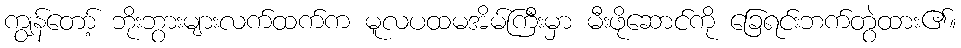
ကျွန်တော့် ဘိုးဘွားများလက်ထက်က မူလပထမအိမ်ကြီးမှာ မီးဖိုဆောင်ကို ခြေရင်းဘက်တွဲထား၏။